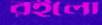
রইলো